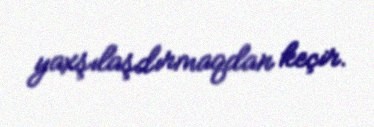
yaxşılaşdırmaqdan keçir.